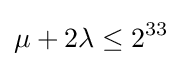
\mu +2\lambda \leq 2^{33}